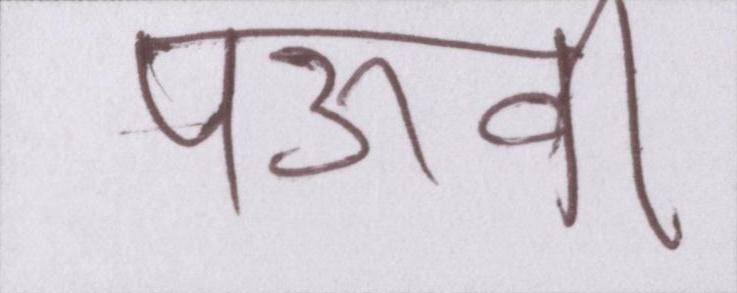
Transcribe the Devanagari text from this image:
पऊवि